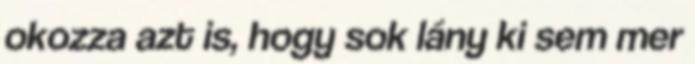
okozza azt is, hogy sok lány ki sem mer